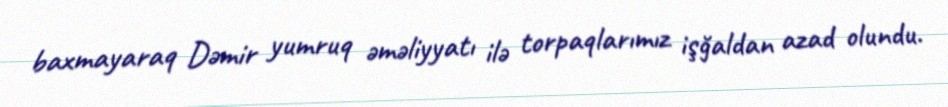
baxmayaraq Dəmir yumruq əməliyyatı ilə torpaqlarımız işğaldan azad olundu.